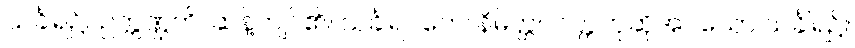
သင်္ခါရ၌။ ဥက္ကဏ္ဌတိ၊ ဆန့်ကျင်၏။ သင်္ခါရဂတေ၊ နိမိတ္တပဝတ္တဟုဆိုအပ်သော သင်္ခါရ၌။